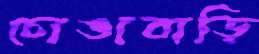
চোঙাবাড়ি